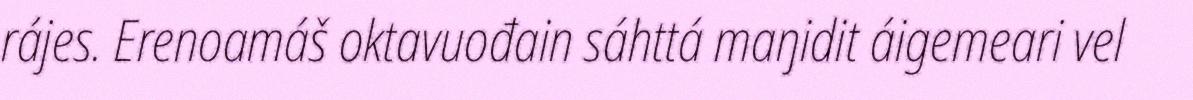
rájes. Erenoamáš oktavuođain sáhttá maŋidit áigemeari vel